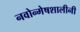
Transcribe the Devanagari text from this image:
नवोन्मेषशालीनी